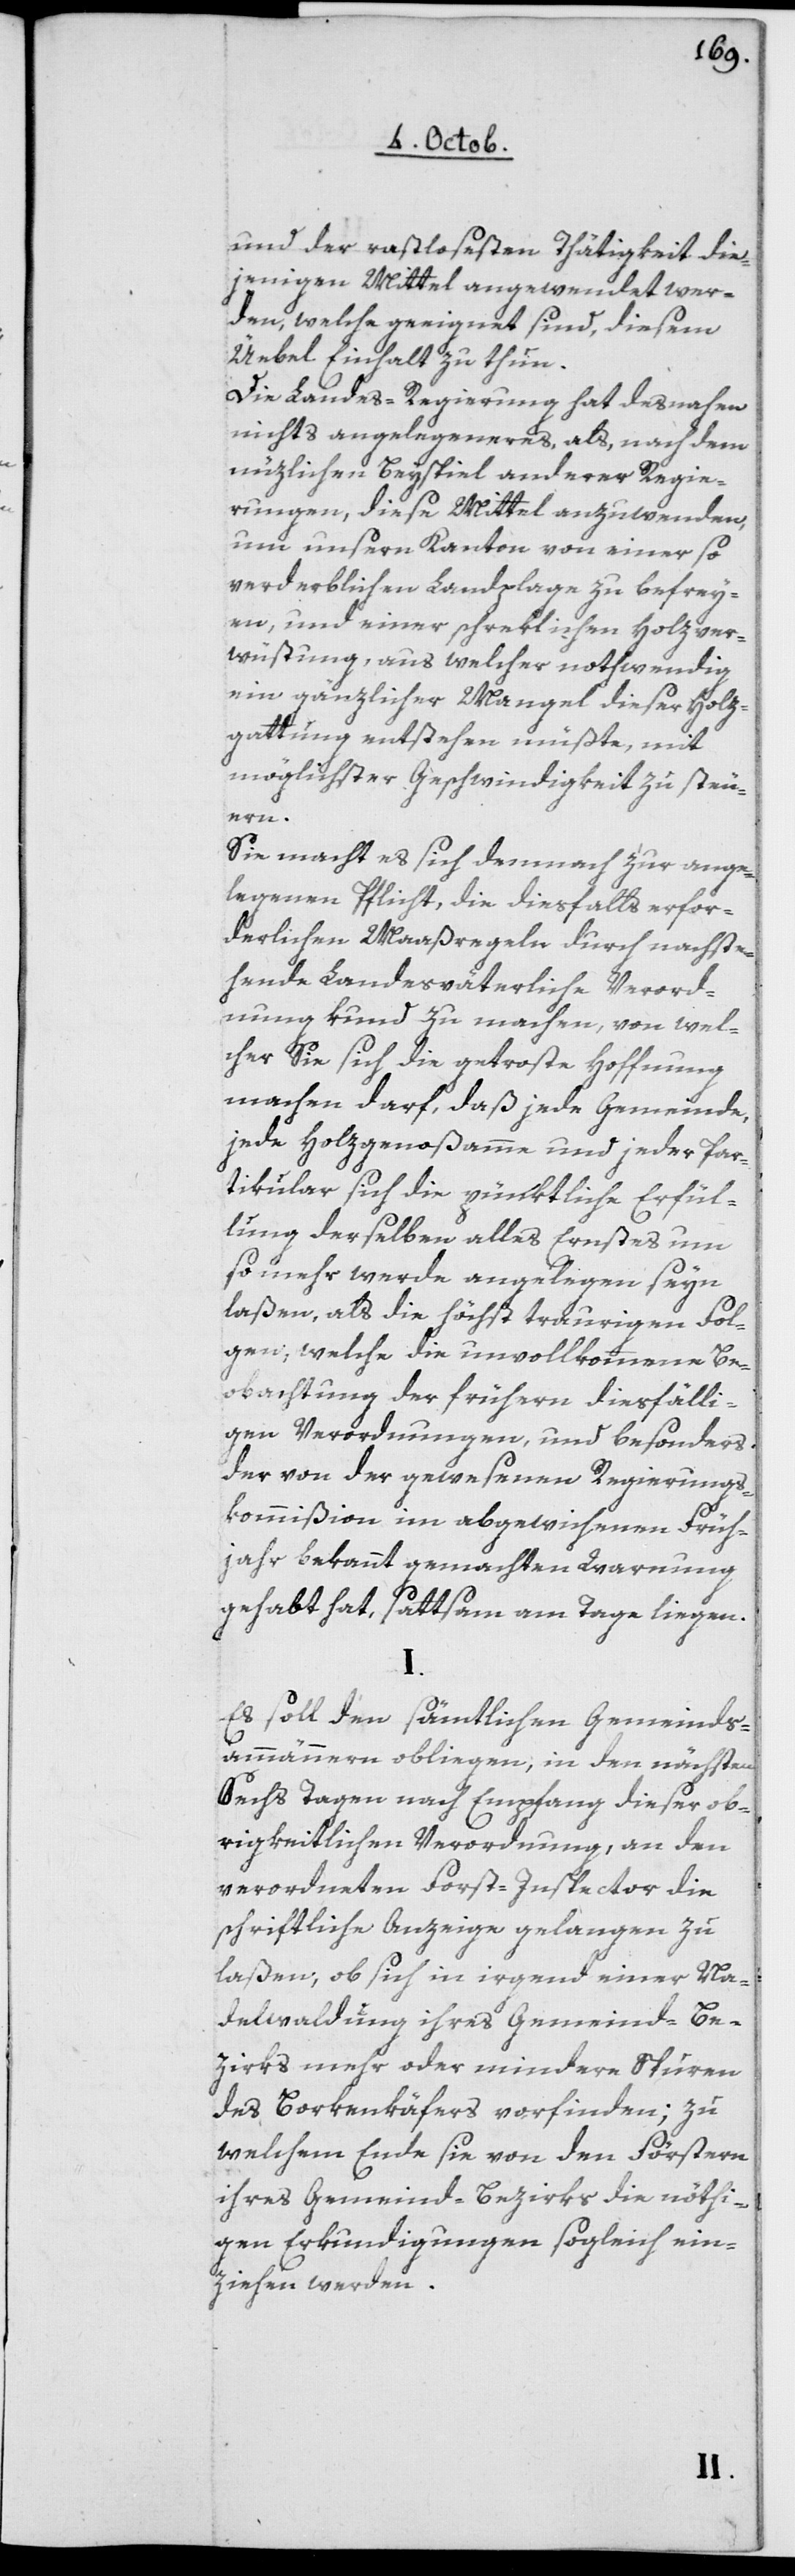
und der rastlosesten Thätigkeit die¬
jenigen Mittel angewendet wer¬
den, welche geeignet sind, diesem
Übel Einhalt zu thun.
Die Landes-Regierung hat desnahen
nichts Angelegeneres, als nach dem
nüzlichen Beispiel anderer Regie¬
rungen, diese Mittel anzuwenden,
um unsern Kanton von einer so
verderblichen Landplage zu befrey¬
en, und einer praktischen Holzver¬
wüstung, aus welcher nothwendig
ein gänzlicher Mangel dieser Holz¬
gattung entstehen müßte, mit
möglichster Geschwindigkeit zu steu¬
ern.
Sie macht es sich demnach zur ange¬
legenen Pflicht, die diesfalls erfor¬
derlichen Maaßregeln durch nachste¬
hende landesväterliche Verord¬
nung kund zu machen, von wel¬
cher sie sich die getroste Hoffnung
machen darf, daß jede Gemeinde,
jede Holzgenoßamme und jeder Par¬
tikular sich die pünktliche Erfül¬
lung derselben alles Ernstes um
so mehr werde angelegen seyn
laßen, als die höchst traurigen Fol¬
gen, welche die unvollkommene Be¬
obachtung der frühern diesfälli¬
gen Verordnungen und besonders
der von der gewesenen Regierungs¬
kommißion im abgewichenen Früh¬
jahr bekannt gemachten Warnung
gehabt hat, sattsam am Tage liegen.
I.
Es soll den sämtlichen Gemeinds¬
ammännern obliegen, in den nächsten
sechs Tagen nach Empfang dieser ob¬
rigkeitlichen Verordnung, an den
verordneten Forst-Inspector die
schriftliche Anzeige gelangen zu
laßen, ob sich in irgend einer Na¬
delwaldung ihres Gemeinde-Be¬
zirks mehr oder mindere Spuren
des Borkenkäfers vorfinden; zu
welchem Ende sie von den Förstern
ihres Gemeind-Bezirks die nöthi¬
gen Erkundigungen sogleich ein¬
ziehen werden.